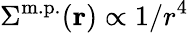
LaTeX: \Sigma^{\mathrm{m.p.}}(\mathbf{r})\propto 1/r^{4}